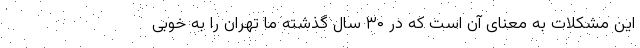
این مشکلات به معنای آن است که در ۳۰ سال گذشته ما تهران را به خوبی